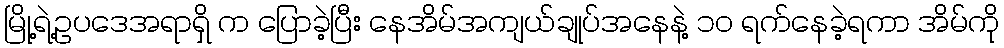
မြို့ရဲ့ဥပဒေအရာရှိ က ပြောခဲ့ပြီး နေအိမ်အကျယ်ချုပ်အနေနဲ့ ၁၀ ရက်နေခဲ့ရကာ အိမ်ကို